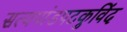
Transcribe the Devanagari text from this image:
सत्यपांडपटकुविंद